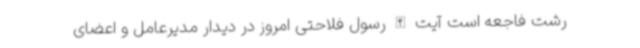
رشت فاجعه است آیت الله رسول فلاحتی امروز در دیدار مدیرعامل و اعضای